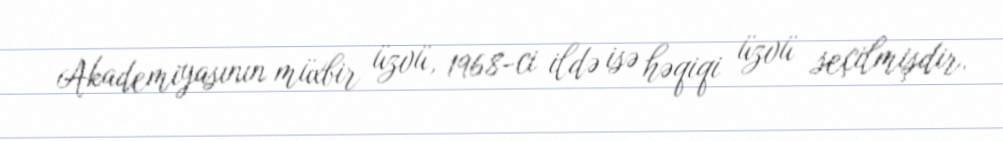
Akademiyasının müxbir üzvü, 1968-ci ildə isə həqiqi üzvü seçilmişdir.